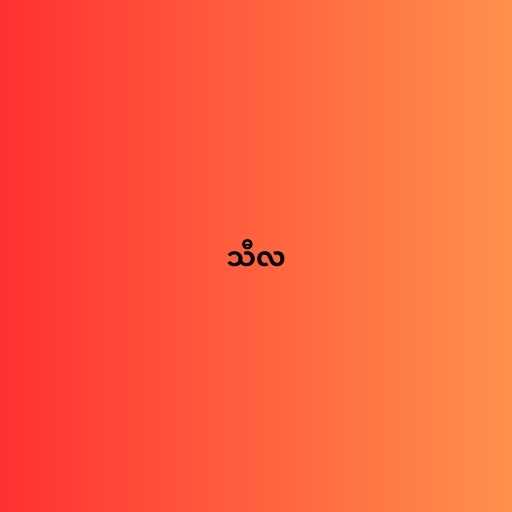
သီလ